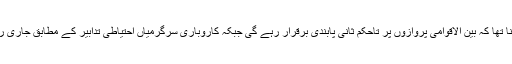
ان کا کہنا تھا کہ بین الاقوامی پروازوں پر تاحکم ثانی پابندی برقرار رہے گی جبکہ کاروباری سرگرمیاں احتیاطی تدابیر کے مطابق جاری رہیں گی۔